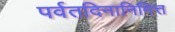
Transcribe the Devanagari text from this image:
पर्वतदिनानिमित्त